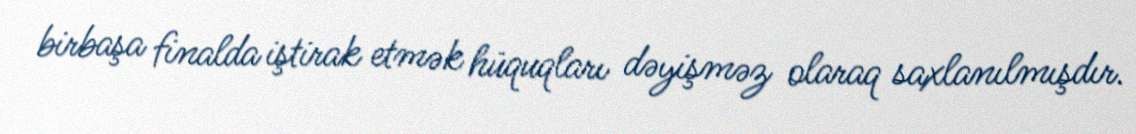
birbaşa finalda iştirak etmək hüquqları dəyişməz olaraq saxlanılmışdır.